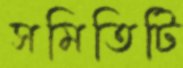
সমিতিটি